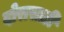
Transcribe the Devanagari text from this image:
दोरासाठी